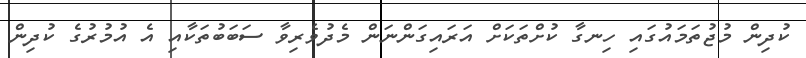
ކުދިން މުޖުތަމައުގައި ހިނގާ ކުށްތަކަށް އަރައިގަންނަން މެދުވެރިވާ ސަބަބުތަކާއި އެ އުމުރުގެ ކުދިން